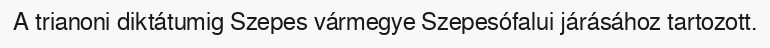
A trianoni diktátumig Szepes vármegye Szepesófalui járásához tartozott.